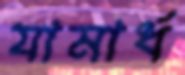
যামার্ধ